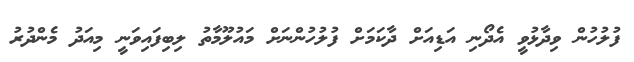
ފުލުހުން ވިދާޅުވީ އެދޯނި އަޑިއަށް ދާކަމަށް ފުލުހުންނަށް މައުލޫމާތު ލިބިފައިވަނީ މިއަދު މެންދުރު